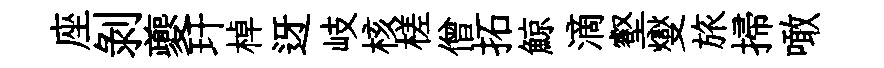
座剝夔玕棹迓岐核槎僧拓鯨滴壑燮旅掃噉